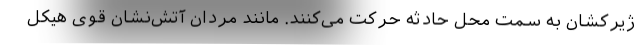
ژیرکشان به سمت محل حادثه حرکت می‌کنند. مانند مردان آتش‌نشان قوی هیکل